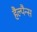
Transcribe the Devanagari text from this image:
हैल्पैन्स